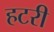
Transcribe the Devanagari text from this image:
हटरी